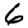
Digit: 6